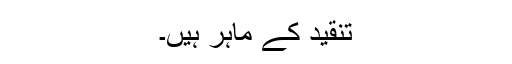
تنقید کے ماہر ہیں۔